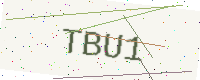
Text: TBU1